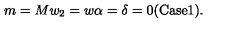
m = M w _ { 2 } = w \alpha = \delta = 0 { \mathrm { ( C a s e } } { \mathrm { 1 ) } } .